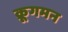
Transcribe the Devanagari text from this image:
क्रूगमन